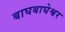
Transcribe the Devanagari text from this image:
बाघबाघेश्वर